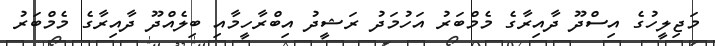
މަޖިލީހުގެ އިސްދޫ ދާއިރާގެ މެމްބަރު އަހުމަދު ރަޝީދު އިބްރާހީމާއި ބިލެއްދޫ ދާއިރާގެ މެމްބަރު